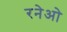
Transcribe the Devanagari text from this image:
रनेओ